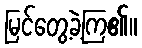
မြင်တွေ့ခဲ့ကြ၏။